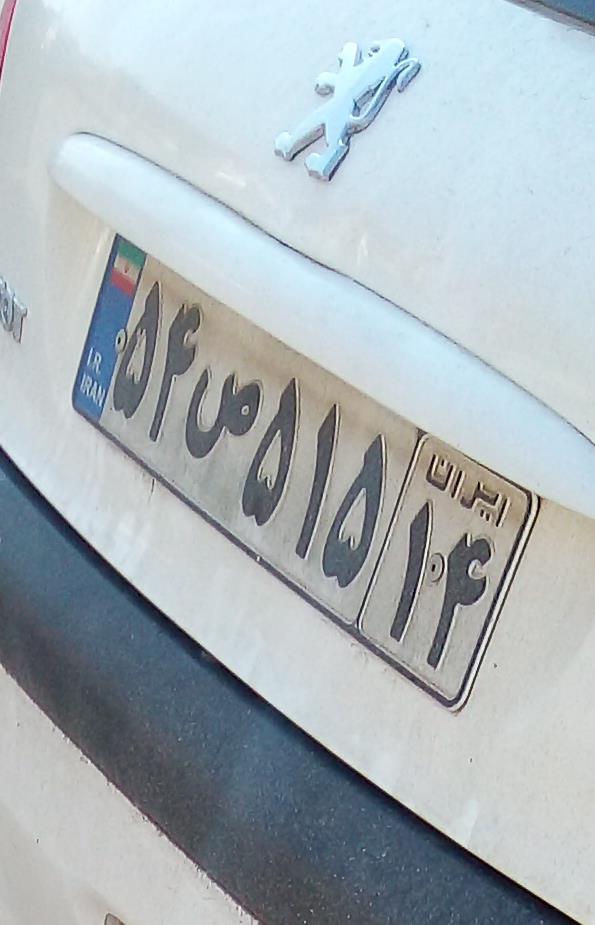
۵۴س۵۱۵۱۴